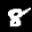
Label: 8